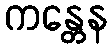
ကန္တေန